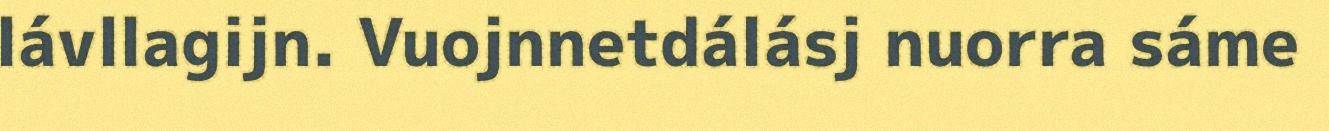
lávllagijn. Vuojnnetdálásj nuorra sáme